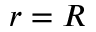
r = R